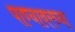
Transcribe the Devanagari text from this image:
पाण्यावरच्या